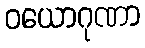
ဝယောဂုဏာ